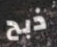
ذبح